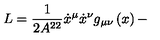
L = \frac { 1 } { 2 A ^ { 2 2 } } \dot { x } ^ { \mu } \dot { x } ^ { \nu } g _ { \mu \nu } \left( x \right) -